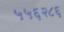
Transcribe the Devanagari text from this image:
५५६२८६